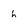
Character: h